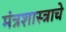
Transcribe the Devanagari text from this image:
मंत्रशास्त्राचे